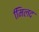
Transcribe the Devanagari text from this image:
मििलद